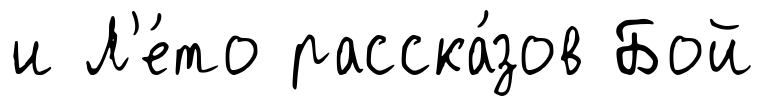
и Л'е́то расска́зов Бой